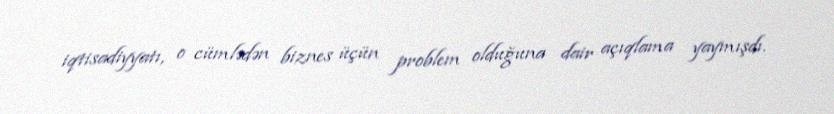
iqtisadiyyatı, o cümlədən biznes üçün problem olduğuna dair açıqlama yaymışdı.